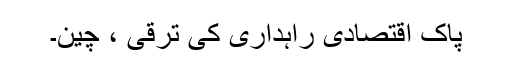
پاک اقتصادی راہداری کی ترقی ، چین۔